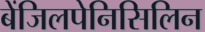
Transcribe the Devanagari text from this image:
बेंजिलपेनिसिलिन